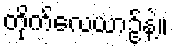
တိုက်လေယာဥ်နဲ့။